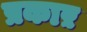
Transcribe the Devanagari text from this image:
प्रकाऱ